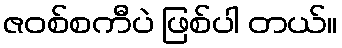
ဇဝစ်စကီပဲ ဖြစ်ပါ တယ်။